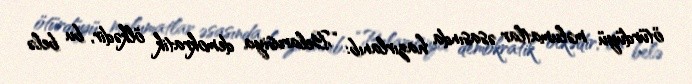
ötürdüyü məlumatlar əsasında hazırlanıb: “Belarusiya demokratik ölkədir, bu belə